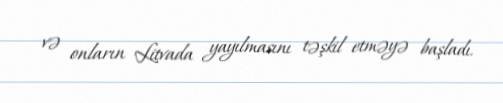
və onların Litvada yayılmasını təşkil etməyə başladı.